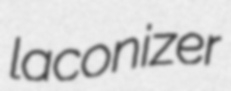
laconizer